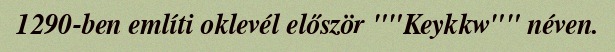
1290-ben említi oklevél először ""Keykkw"" néven.